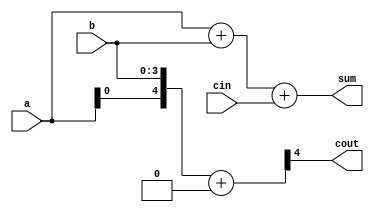
module ripple_carry_adder(
    input [3:0] a,
    input [3:0] b,
    input cin,
    output [3:0] sum,
    output cout
);

wire [3:0] inter_sum;
wire [4:0] inter_carry;

assign inter_sum = a + b + cin;
assign inter_carry = {cin, a, b} + 1'b0;

assign sum = inter_sum;
assign cout = inter_carry[4];

endmodule